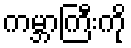
ကမ္ဘာကြီးကို